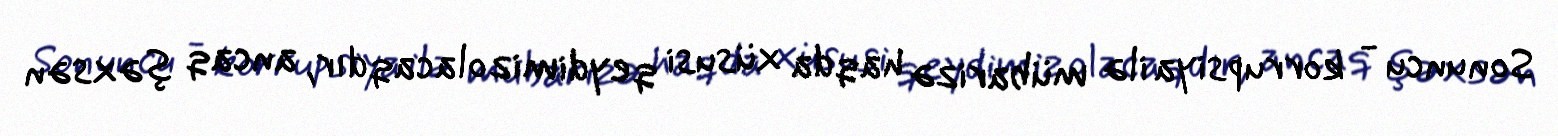
Sonuncu - korrupsiya ilə mübarizə haqda xüsusi qeydimiz olacaqdır, ancaq şəxsən